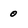
Character: 0